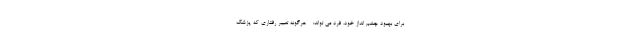
برای بهبود چشم انداز خود، فرد می تواند: - هرگونه تغییر رفتاری که پزشک